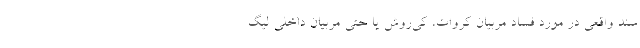
سند واقعی در مورد فساد مربیان کروات، کی‌روش یا حتی مربیان داخلی لیگ